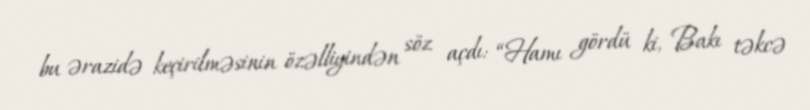
bu ərazidə keçirilməsinin özəlliyindən söz açdı: “Hamı gördü ki, Bakı təkcə